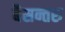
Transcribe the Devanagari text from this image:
बैसन्तरु